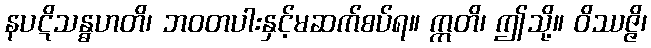
နပဋိသန္ဓဟတိ၊ ဘဝတပါးနှင့်မဆက်စပ်ရ။ ဣတိ၊ ဤသို့။ ဝိဿဇ္ဇိ၊